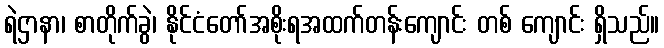
ရဲဌာနာ၊ စာတိုက်ခွဲ၊ နိုင်ငံတော်အစိုးရအထက်တန်းကျောင်း တစ် ကျောင်း ရှိသည်။